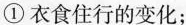
①衣食住行的变化；